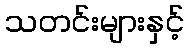
သတင်းများနှင့်